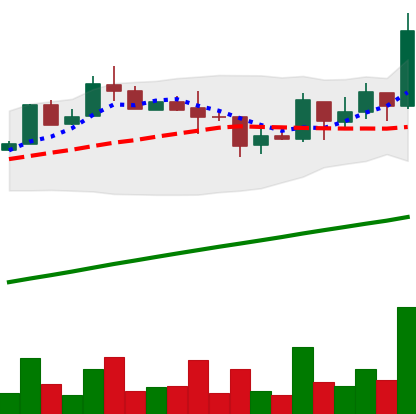
Ticker: LTC-USD
Chart end date: 2017-08-23
Forward return: 17.104%
Label: up_7plus